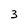
Character: 3